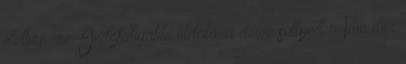
életben. az Indefatigable oldalára dőlve süllyed a Von der